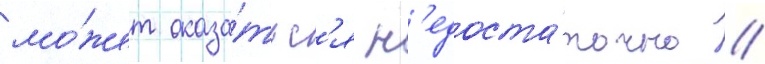
мо́жет оказа́тьс'я н'едоста́точно //